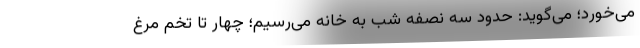
می‌خورد؛ می‌گوید: حدود سه نصفه شب به خانه می‌رسیم؛ چهار تا تخم مرغ